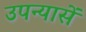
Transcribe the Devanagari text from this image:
उपन्यासें